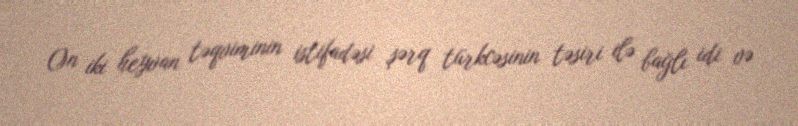
On iki heyvan təqviminin istifadəsi şərq türkcəsinin təsiri ilə bağlı idi və